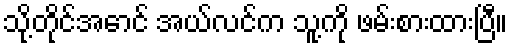
သို့တိုင်အောင် အယ်လင်က သူ့ကို ဖမ်းစားထားပြီ။